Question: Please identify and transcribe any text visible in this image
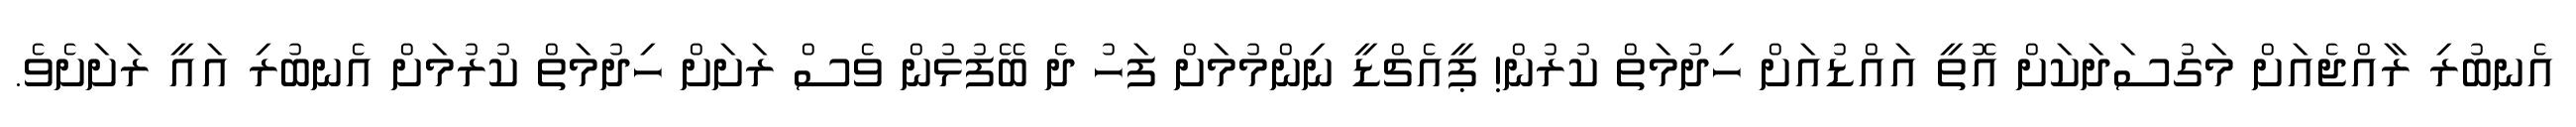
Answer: އެނބުރި ރާއްޖެއަށް މަގުސަދަކަށް އޮތީ އައްޑުއަށް ހިދުމަތް ކުރުން! ޕީއެޗްޑީ ނިންމުމަށް ފަހު ދެ ބޭފުޅުން ވެސް ރަށަށް ހިދުމަތް ކުރުމަށް އެނބުރި އައީ ރަށަށެވެ.